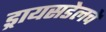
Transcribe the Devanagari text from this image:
ड्रायसडेलचे